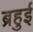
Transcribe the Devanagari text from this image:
ब्रहुई